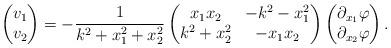
LaTeX: \begin{align*}\begin{pmatrix}v_1 \\v_2\end{pmatrix}=-\frac{1}{k^2+x_1^2+x_2^2}\begin{pmatrix}x_1x_2 & -k^2-x_1^2 \\k^2+x_2^2 & -x_1x_2\end{pmatrix}\begin{pmatrix}\partial_{x_1}\varphi \\\partial_{x_2}\varphi\end{pmatrix}.\end{align*}